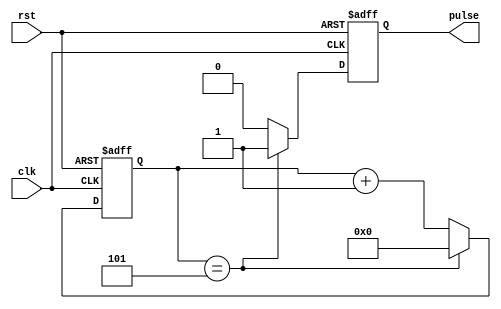
module synchronous_pulse_generator(
    input wire clk,
    input wire rst,
    output reg pulse
);

parameter CNT_WIDTH = 10;
parameter PULSE_WIDTH = 5;

reg [CNT_WIDTH-1:0] count;

always @(posedge clk or posedge rst) begin
    if(rst) begin
        count <= 0;
        pulse <= 0;
    end else begin
        if(count == PULSE_WIDTH) begin
            count <= 0;
            pulse <= 1;
        end else begin
            count <= count + 1;
            pulse <= 0;
        end
    end
end

endmodule